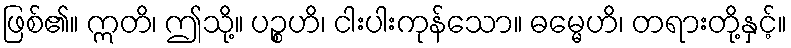
ဖြစ်၏။ ဣတိ၊ ဤသို့။ ပဉ္စဟိ၊ ငါးပါးကုန်သော။ ဓမ္မေဟိ၊ တရားတို့နှင့်။